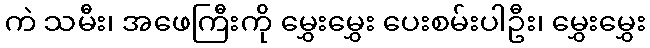
ကဲ သမီး၊ အဖေကြီးကို မွှေးမွှေး ပေးစမ်းပါဦး၊ မွှေးမွှေး